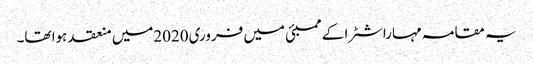
یہ مقامہ مہاراشٹرا کے ممبئی میں فروری2020میں منعقد ہوا تھا۔